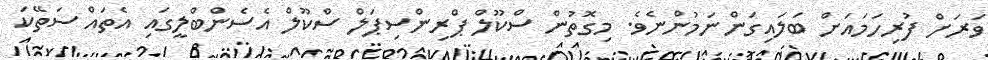
ވަރަށް ފުރިހަމައަށް ބަލައިގަންނަމުންނެވެ. މިގޮތުން ސްކޫލް ޕްރިންސިޕަލް ސްކޫލް އެސެންބްލީގައި އެތައް ސަތޭކަ